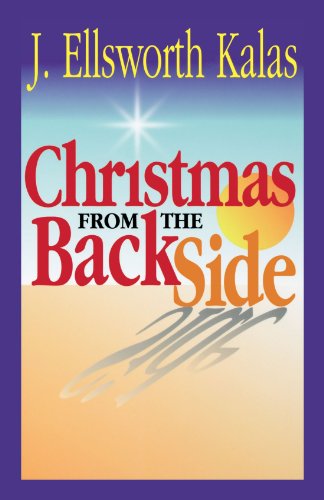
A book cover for Christmas from the Back Side: A Different Look at the Story of Jesus Birth; J. Ellsworth Kalas; Christian Books & Bibles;